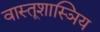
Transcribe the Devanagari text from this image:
वास्तूशास्ञिय